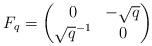
LaTeX: \begin{align*}F_q=\begin{pmatrix} 0 & -\sqrt q \\ {\sqrt{q}}^{-1} &0\end{pmatrix}\end{align*}